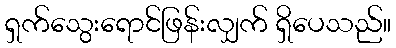
ရှက်သွေးရောင်ဖြန်းလျှက် ရှိပေသည်။